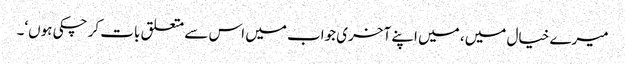
میرے خیال میں، میں اپنے آخری جواب میں اس سے متعلق بات کر چکی ہوں‘۔